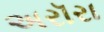
અરૉરા